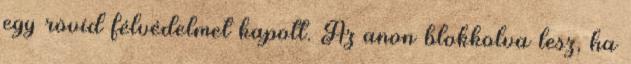
egy rövid félvédelmet kapott. Az anon blokkolva lesz, ha